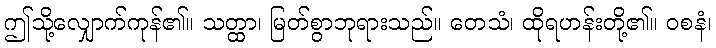
ဤသို့လျှောက်ကုန်၏။ သတ္ထာ၊ မြတ်စွာဘုရားသည်။ တေသံ၊ ထိုရဟန်းတို့၏။ ဝစနံ၊